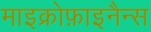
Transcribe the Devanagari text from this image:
माइक्रोफ़ाइनैन्स